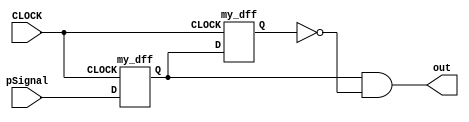
`timescale 1ns / 1ps
//////////////////////////////////////////////////////////////////////////////////
// Company: 
// Engineer: 
// 
// Design Name: 
// Module Name: single_pulse_output
// Project Name: 
// Target Devices: 
// Tool Versions: 
// Description: 
// 
// Dependencies: 
// 
// Revision:
// Revision 0.01 - File Created
// Additional Comments:
// 
//////////////////////////////////////////////////////////////////////////////////


module single_pulse_output(input pSignal, CLOCK, output out);
    
    wire Q1, Q2;

    my_dff ff1(CLOCK, pSignal, Q1);
    my_dff ff2(CLOCK, Q1, Q2);
    assign out = Q1 & ~Q2;
    
endmodule

module my_dff(input CLOCK, D, output reg Q = 0);
    
    always @ (posedge CLOCK) begin
        Q <= D;
    end
    
endmodule